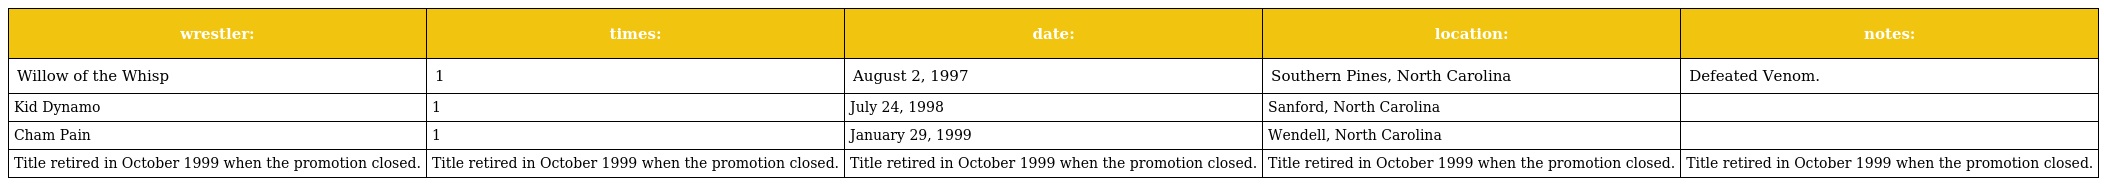
| wrestler: | times: | date: | location: | notes: |
 | --- | --- | --- | --- | --- |
 | Willow of the Whisp | 1 | August 2, 1997 | Southern Pines, North Carolina | Defeated Venom. |
 | Kid Dynamo | 1 | July 24, 1998 | Sanford, North Carolina |  |
 | Cham Pain | 1 | January 29, 1999 | Wendell, North Carolina |  |
 | Title retired in October 1999 when the promotion closed. | Title retired in October 1999 when the promotion closed. | Title retired in October 1999 when the promotion closed. | Title retired in October 1999 when the promotion closed. | Title retired in October 1999 when the promotion closed. |